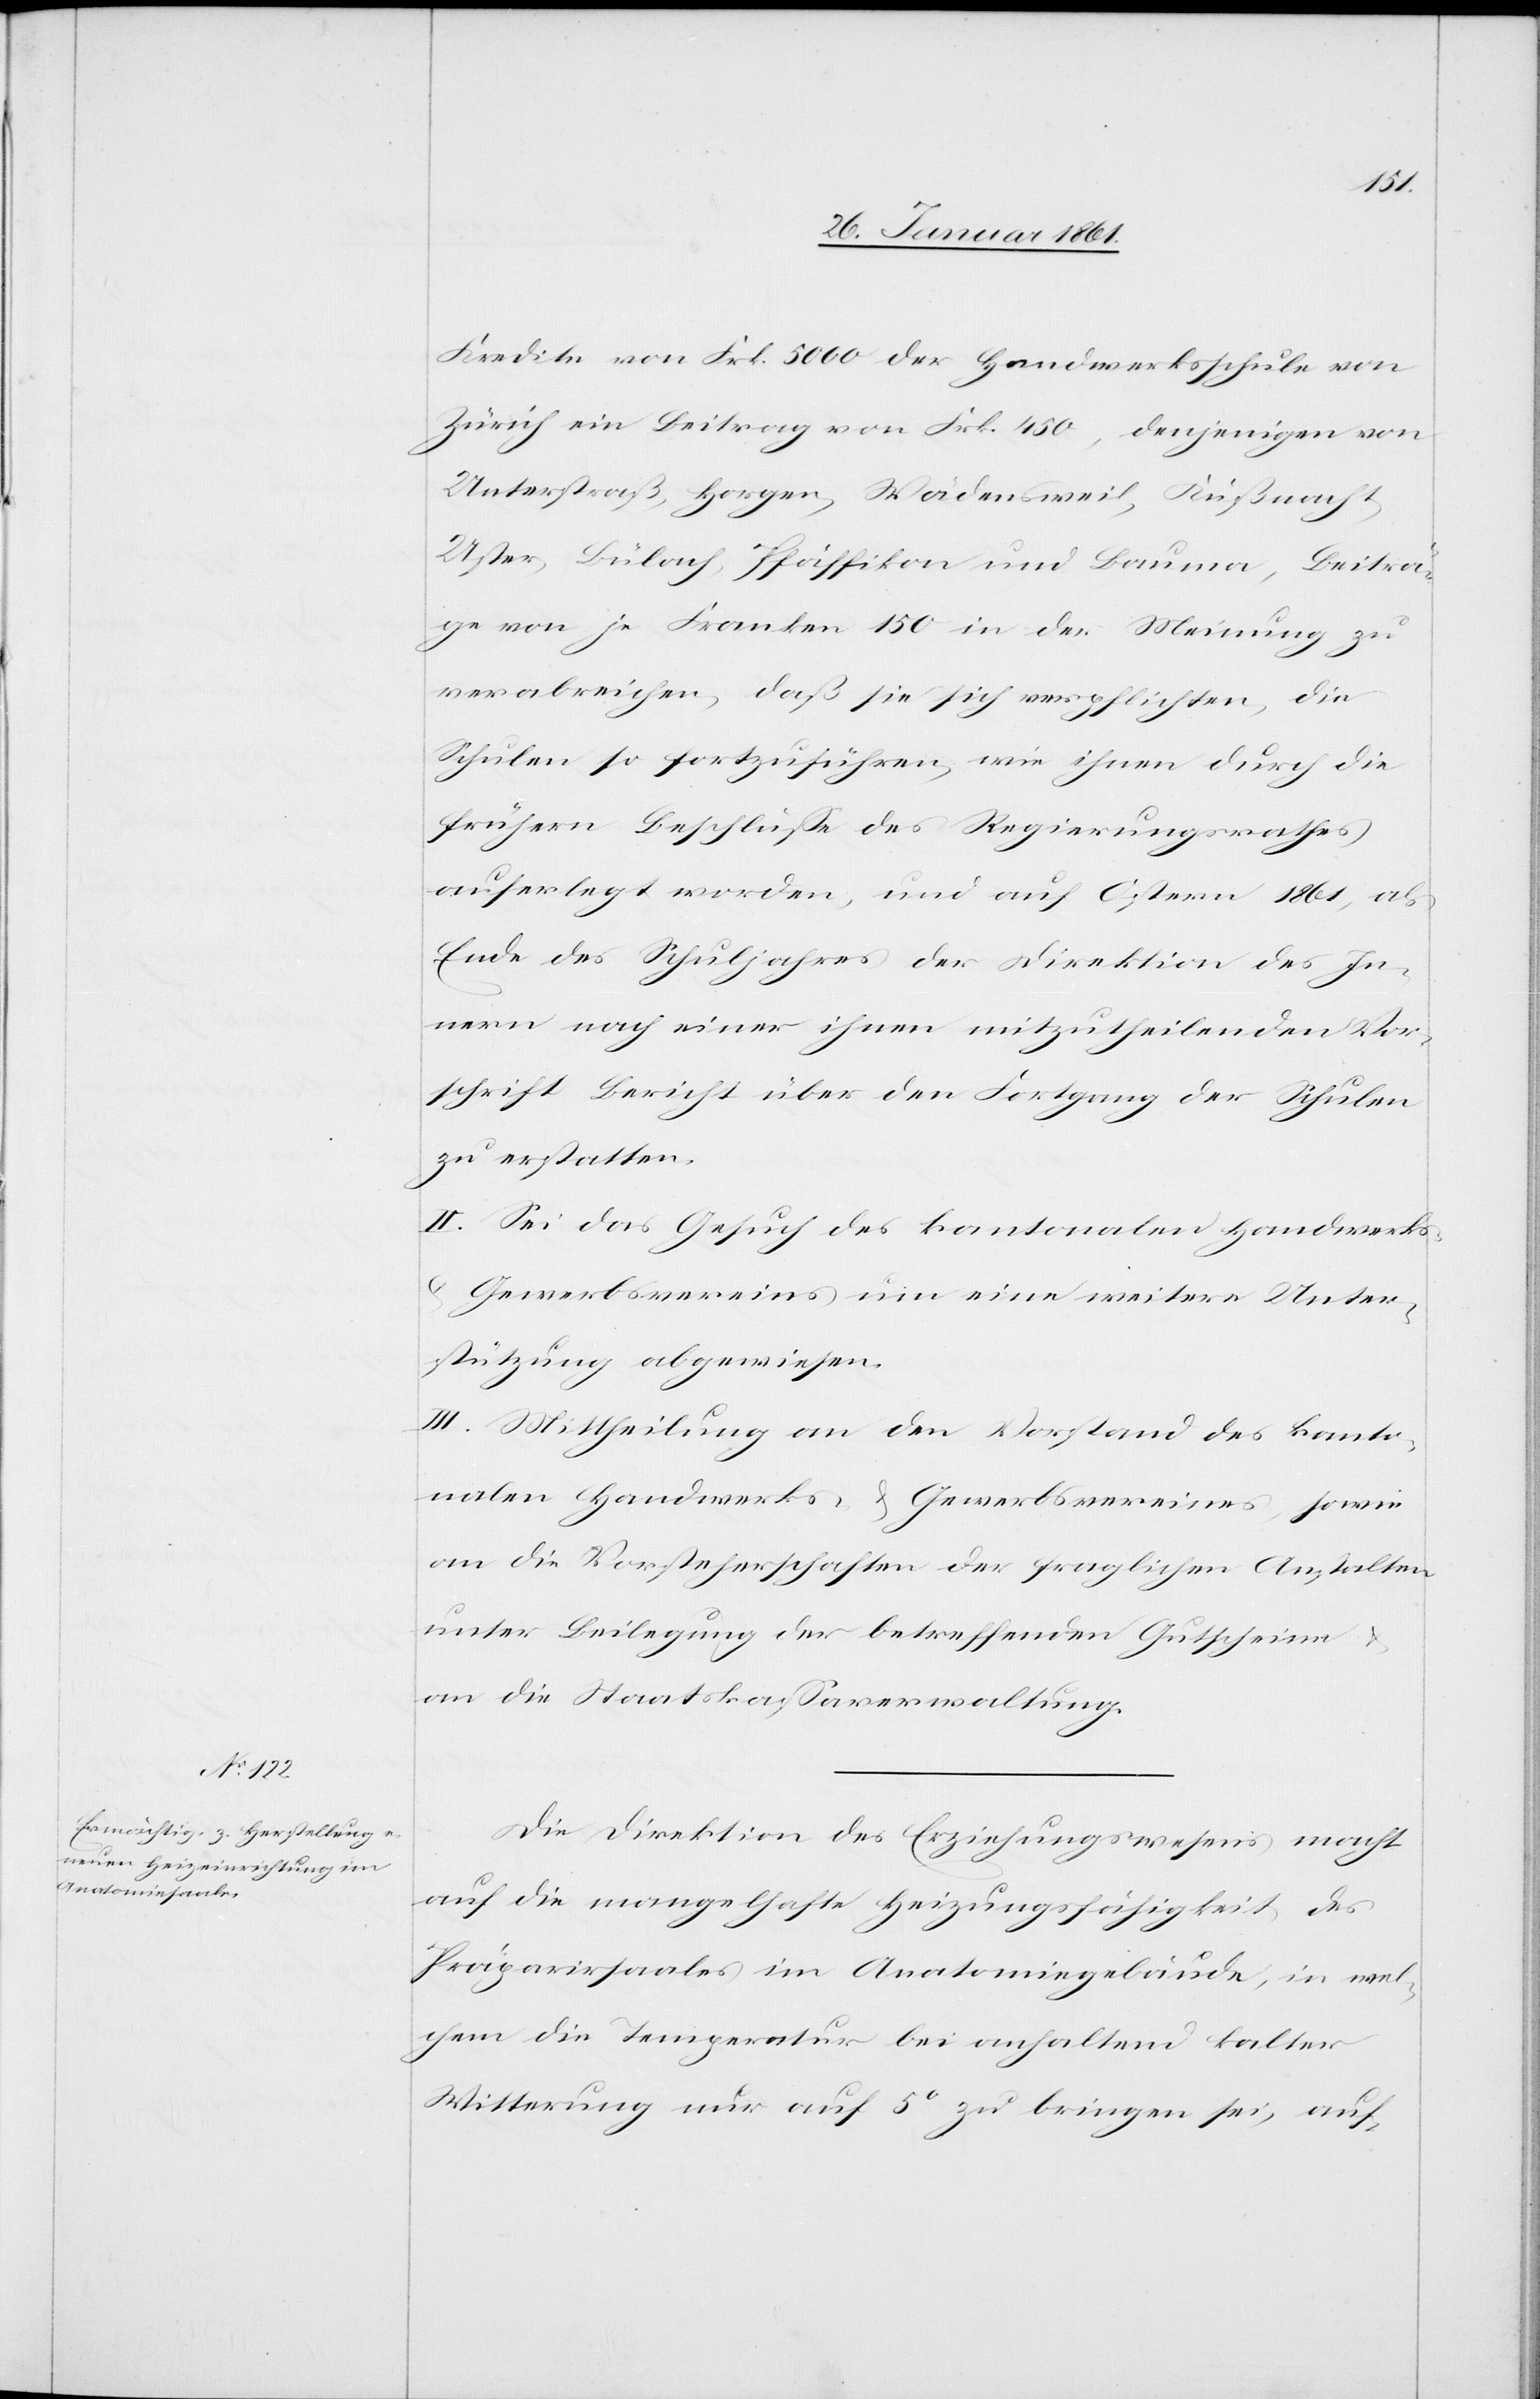
Kredite von Frk. 5000 der Handwerksschule von
Zürich ein Beitrag von Frk. 450, denjenigen von
Unterstraß, Horgen, Wädensweil, Küßnacht,
Uster, Bülach, Pfäffikon und Bauma, Beiträ¬
ge von je Franken 150 in der Meinung zu
verabreichen, daß sie sich verpflichten, die
Schulen so fortzuführen, wie ihnen durch die
frühern Beschlüsse des Regierungsrathes
auferlegt worden, und auf Ostern 1861, als
Ende des Schuljahres der Direktion des In¬
nern nach einer ihnen mitzutheilenden Vor¬
schrift Bericht über den Fortgang der Schulen
zu erstatten.
II. Sei das Gesuch des kantonalen Handwerks-
u. Gewerbsvereins um eine weitere Unter¬
stützung abgewiesen.
III. Mittheilung an den Vorstand des kanto¬
nalen Handwerks- u. Gewerbsvereines, sowie
an die Vorsteherschaften der fraglichen Anstalten
unter Beilegung der betreffenden Gutscheine
an die Staatskassaverwaltung.
Die Direktion des Erziehungswesens macht
auf die mangelhafte Heizungsfähigkeit des
Präparirsaales im Anatomiegebäude, in wel¬
chem die Temperatur bei anhaltend kalter
Witterung nur auf 5° zu bringen sei, auf-